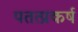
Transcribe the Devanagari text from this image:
पतत्प्रकर्ष